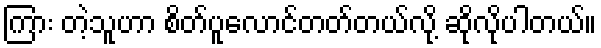
ကြား တဲ့သူဟာ စိတ်ပူလောင်တတ်တယ်လို့ ဆိုလိုပါတယ်။